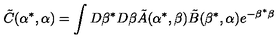
\tilde { C } ( \alpha ^ { * } , \alpha ) = \int D \beta ^ { * } D \beta \tilde { A } ( \alpha ^ { * } , \beta ) \tilde { B } ( \beta ^ { * } , \alpha ) e ^ { - \beta ^ { * } \beta }